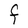
Character: F